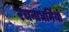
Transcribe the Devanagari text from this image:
रचनाधर्मियों